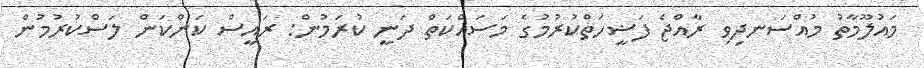
މައުލޫމާތު މުއްސަނދިވި ރާއްޖެ ފަޟީހަތްކުރުމުގެ މަސައްކަތް ދަނީ ކުރަމުން: ރައީސް ކަންކަން ލަސްކުރުމުން